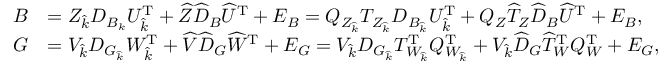
\begin{array} { r l } { B } & { = Z _ { \widehat { k } } D _ { B _ { k } } U _ { \widehat { k } } ^ { \mathrm { T } } + \widehat { Z } \widehat { D } _ { B } \widehat { U } ^ { \mathrm { T } } + E _ { B } = Q _ { Z _ { \widehat { k } } } T _ { Z _ { \widehat { k } } } D _ { B _ { \widehat { k } } } U _ { \widehat { k } } ^ { \mathrm { T } } + Q _ { Z } \widehat { T } _ { Z } \widehat { D } _ { B } \widehat { U } ^ { \mathrm { T } } + E _ { B } , } \\ { G } & { = V _ { \widehat { k } } D _ { G _ { \widehat { k } } } W _ { \widehat { k } } ^ { \mathrm { T } } + \widehat { V } \widehat { D } _ { G } \widehat { W } ^ { \mathrm { T } } + E _ { G } = V _ { \widehat { k } } D _ { G _ { \widehat { k } } } T _ { W _ { \widehat { k } } } ^ { \mathrm { T } } Q _ { W _ { \widehat { k } } } ^ { \mathrm { T } } + V _ { \widehat { k } } \widehat { D } _ { G } \widehat { T } _ { W } ^ { \mathrm { T } } Q _ { W } ^ { \mathrm { T } } + E _ { G } , } \end{array}